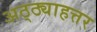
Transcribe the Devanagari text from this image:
अठ्ठ्याहत्तर